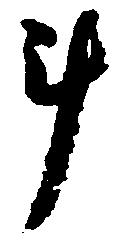
斗